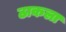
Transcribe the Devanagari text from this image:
ठाकला